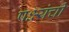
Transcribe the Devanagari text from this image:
पक्ष्यंची